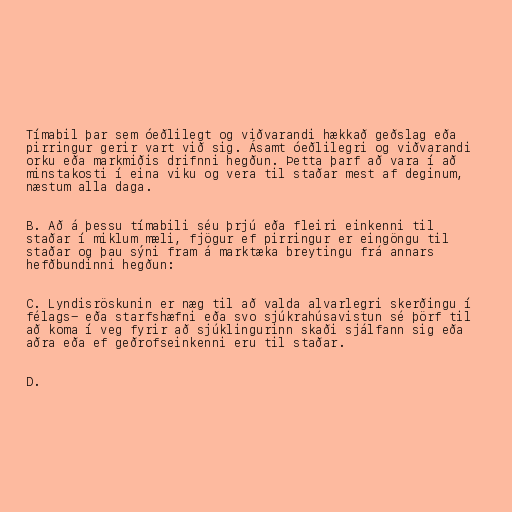
Tímabil þar sem óeðlilegt og viðvarandi hækkað geðslag eða
pirringur gerir vart við sig. Ásamt óeðlilegri og viðvarandi
orku eða markmiðis drifnni hegðun. Þetta þarf að vara í að
minstakosti í eina viku og vera til staðar mest af deginum,
næstum alla daga.

B. Að á þessu tímabili séu þrjú eða fleiri einkenni til
staðar í miklum mæli, fjögur ef pirringur er eingöngu til
staðar og þau sýni fram á marktæka breytingu frá annars
hefðbundinni hegðun:

C. Lyndisröskunin er næg til að valda alvarlegri skerðingu í
félags- eða starfshæfni eða svo sjúkrahúsavistun sé þörf til
að koma í veg fyrir að sjúklingurinn skaði sjálfann sig eða
aðra eða ef geðrofseinkenni eru til staðar.

D.